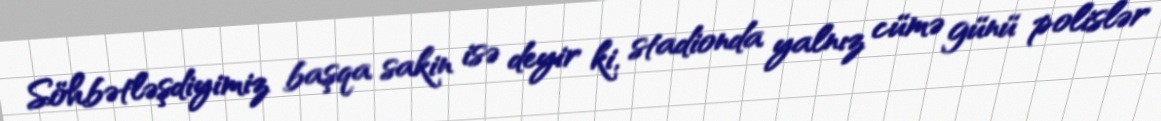
Söhbətləşdiyimiz başqa sakin isə deyir ki, stadionda yalnız cümə günü polislər